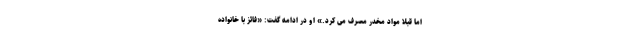
اما قبلا مواد مخدر مصرف می کرد.» او در ادامه گفت: «فائز با خانواده